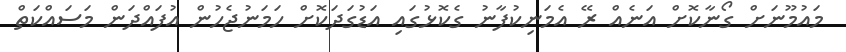
މައުމޫނަށް ގޯނާކޮށް އަނެއް ރޭ އެމަނިކުފާނު ގެކޮޅުގައި އަޑުގަދަކޮށް ހަމަނުޖެހުން އުފައްދަން މަސައްކަތް